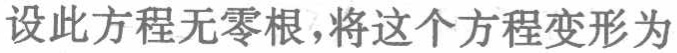
设此方程无零根，将这个方程变形为